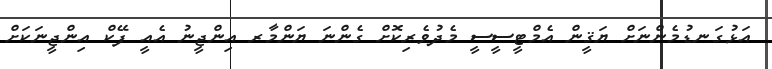
އަޅުގަނޑުމެންނަށް ޔަޤީން އެމްޓީސީސީ މެދުވެރިކޮށް ގެންނަ ޔަންމާރ އިންޖީނު އެއީ ފޭކް އިންޖީނަކަށް